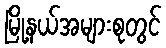
မြို့နယ်အများစုတွင်